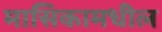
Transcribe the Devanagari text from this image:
मासिकामधील